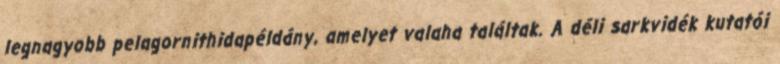
legnagyobb pelagornithidapéldány, amelyet valaha találtak. A déli sarkvidék kutatói